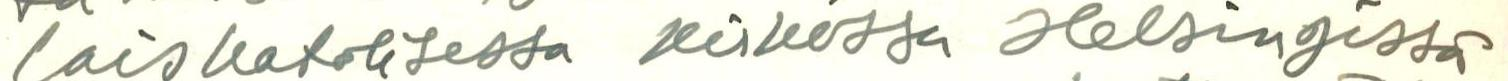
laiskatolisessa kirkossa Helsingissä